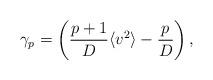
LaTeX: \begin{align*}\gamma_p = \left( \frac{p+1}{D}\langle v^2 \rangle -\frac{p}{D} \right),\end{align*}